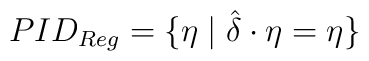
PID_{Reg}=\{\eta \mid \hat{\delta }\cdot \eta =\eta \}